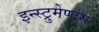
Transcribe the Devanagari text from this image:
इन्स्ट्रुमेण्ट्स